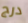
درج